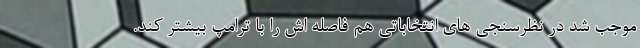
موجب شد در نظرسنجی های انتخاباتی هم فاصله اش را با ترامپ بیشتر کند.